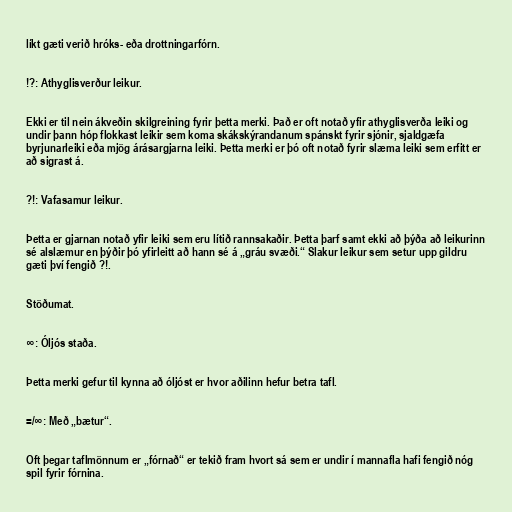
líkt gæti verið hróks- eða drottningarfórn.

!?: Athyglisverður leikur.

Ekki er til nein ákveðin skilgreining fyrir þetta merki. Það er oft notað yfir athyglisverða leiki og
undir þann hóp flokkast leikir sem koma skákskýrandanum spánskt fyrir sjónir, sjaldgæfa
byrjunarleiki eða mjög árásargjarna leiki. Þetta merki er þó oft notað fyrir slæma leiki sem erfitt er
að sigrast á.

?!: Vafasamur leikur.

Þetta er gjarnan notað yfir leiki sem eru lítið rannsakaðir. Þetta þarf samt ekki að þýða að leikurinn
sé alslæmur en þýðir þó yfirleitt að hann sé á „gráu svæði.“ Slakur leikur sem setur upp gildru
gæti því fengið ?!.

Stöðumat.

∞: Óljós staða.

Þetta merki gefur til kynna að óljóst er hvor aðilinn hefur betra tafl.

=/∞: Með „bætur“.

Oft þegar taflmönnum er „fórnað“ er tekið fram hvort sá sem er undir í mannafla hafi fengið nóg
spil fyrir fórnina.